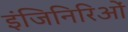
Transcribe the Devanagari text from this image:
इंजिनिरिओं